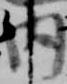
内